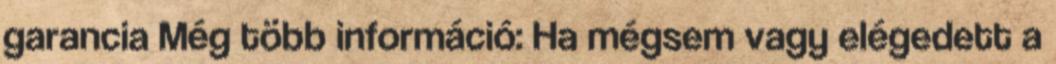
garancia Még több információ: Ha mégsem vagy elégedett a